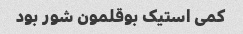
کمی استیک بوقلمون شور بود